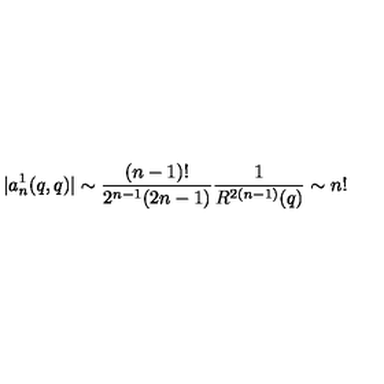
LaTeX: | a _ { n } ^ { 1 } ( q , q ) | \sim \frac { ( n - 1 ) ! } { 2 ^ { n - 1 } ( 2 n - 1 ) } \frac { 1 } { R ^ { 2 ( n - 1 ) } ( q ) } \sim n !